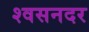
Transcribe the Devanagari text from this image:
श्वसनदर